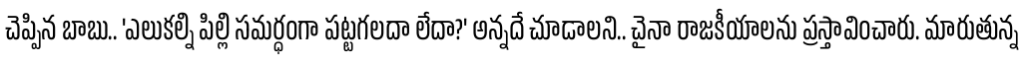
చెప్పిన బాబు.. 'ఎలుకల్ని పిల్లి సమర్ధంగా పట్టగలదా లేదా?' అన్నదే చూడాలని.. చైనా రాజకీయాలను ప్రస్తావించారు. మారుతున్న